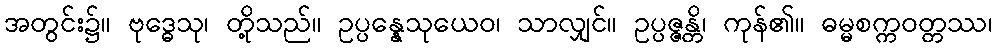
အတွင်း၌။ ဗုဒ္ဓေသု၊ တို့သည်။ ဥပ္ပန္နေသုယေဝ၊ သာလျှင်။ ဥပ္ပဇ္ဇန္တိ၊ ကုန်၏။ ဓမ္မစက္ကဝတ္တဿ၊